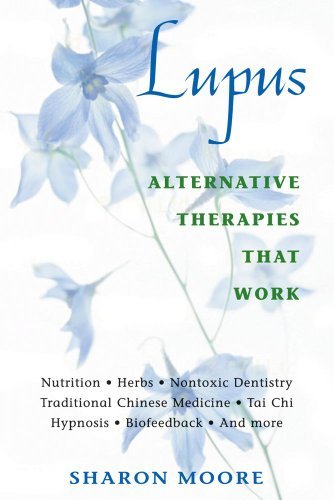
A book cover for Lupus: Alternative Therapies That Work [Paperback] [2000] (Author) Sharon Moore; Health, Fitness & Dieting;